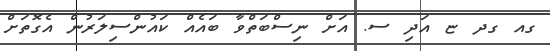
ގއ ގދ ޏ އަދި ސ. އަށް ނިސްބަތްވާ ބައެއް ކައުންސިލަރުން އެގޮތަށް